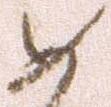
如